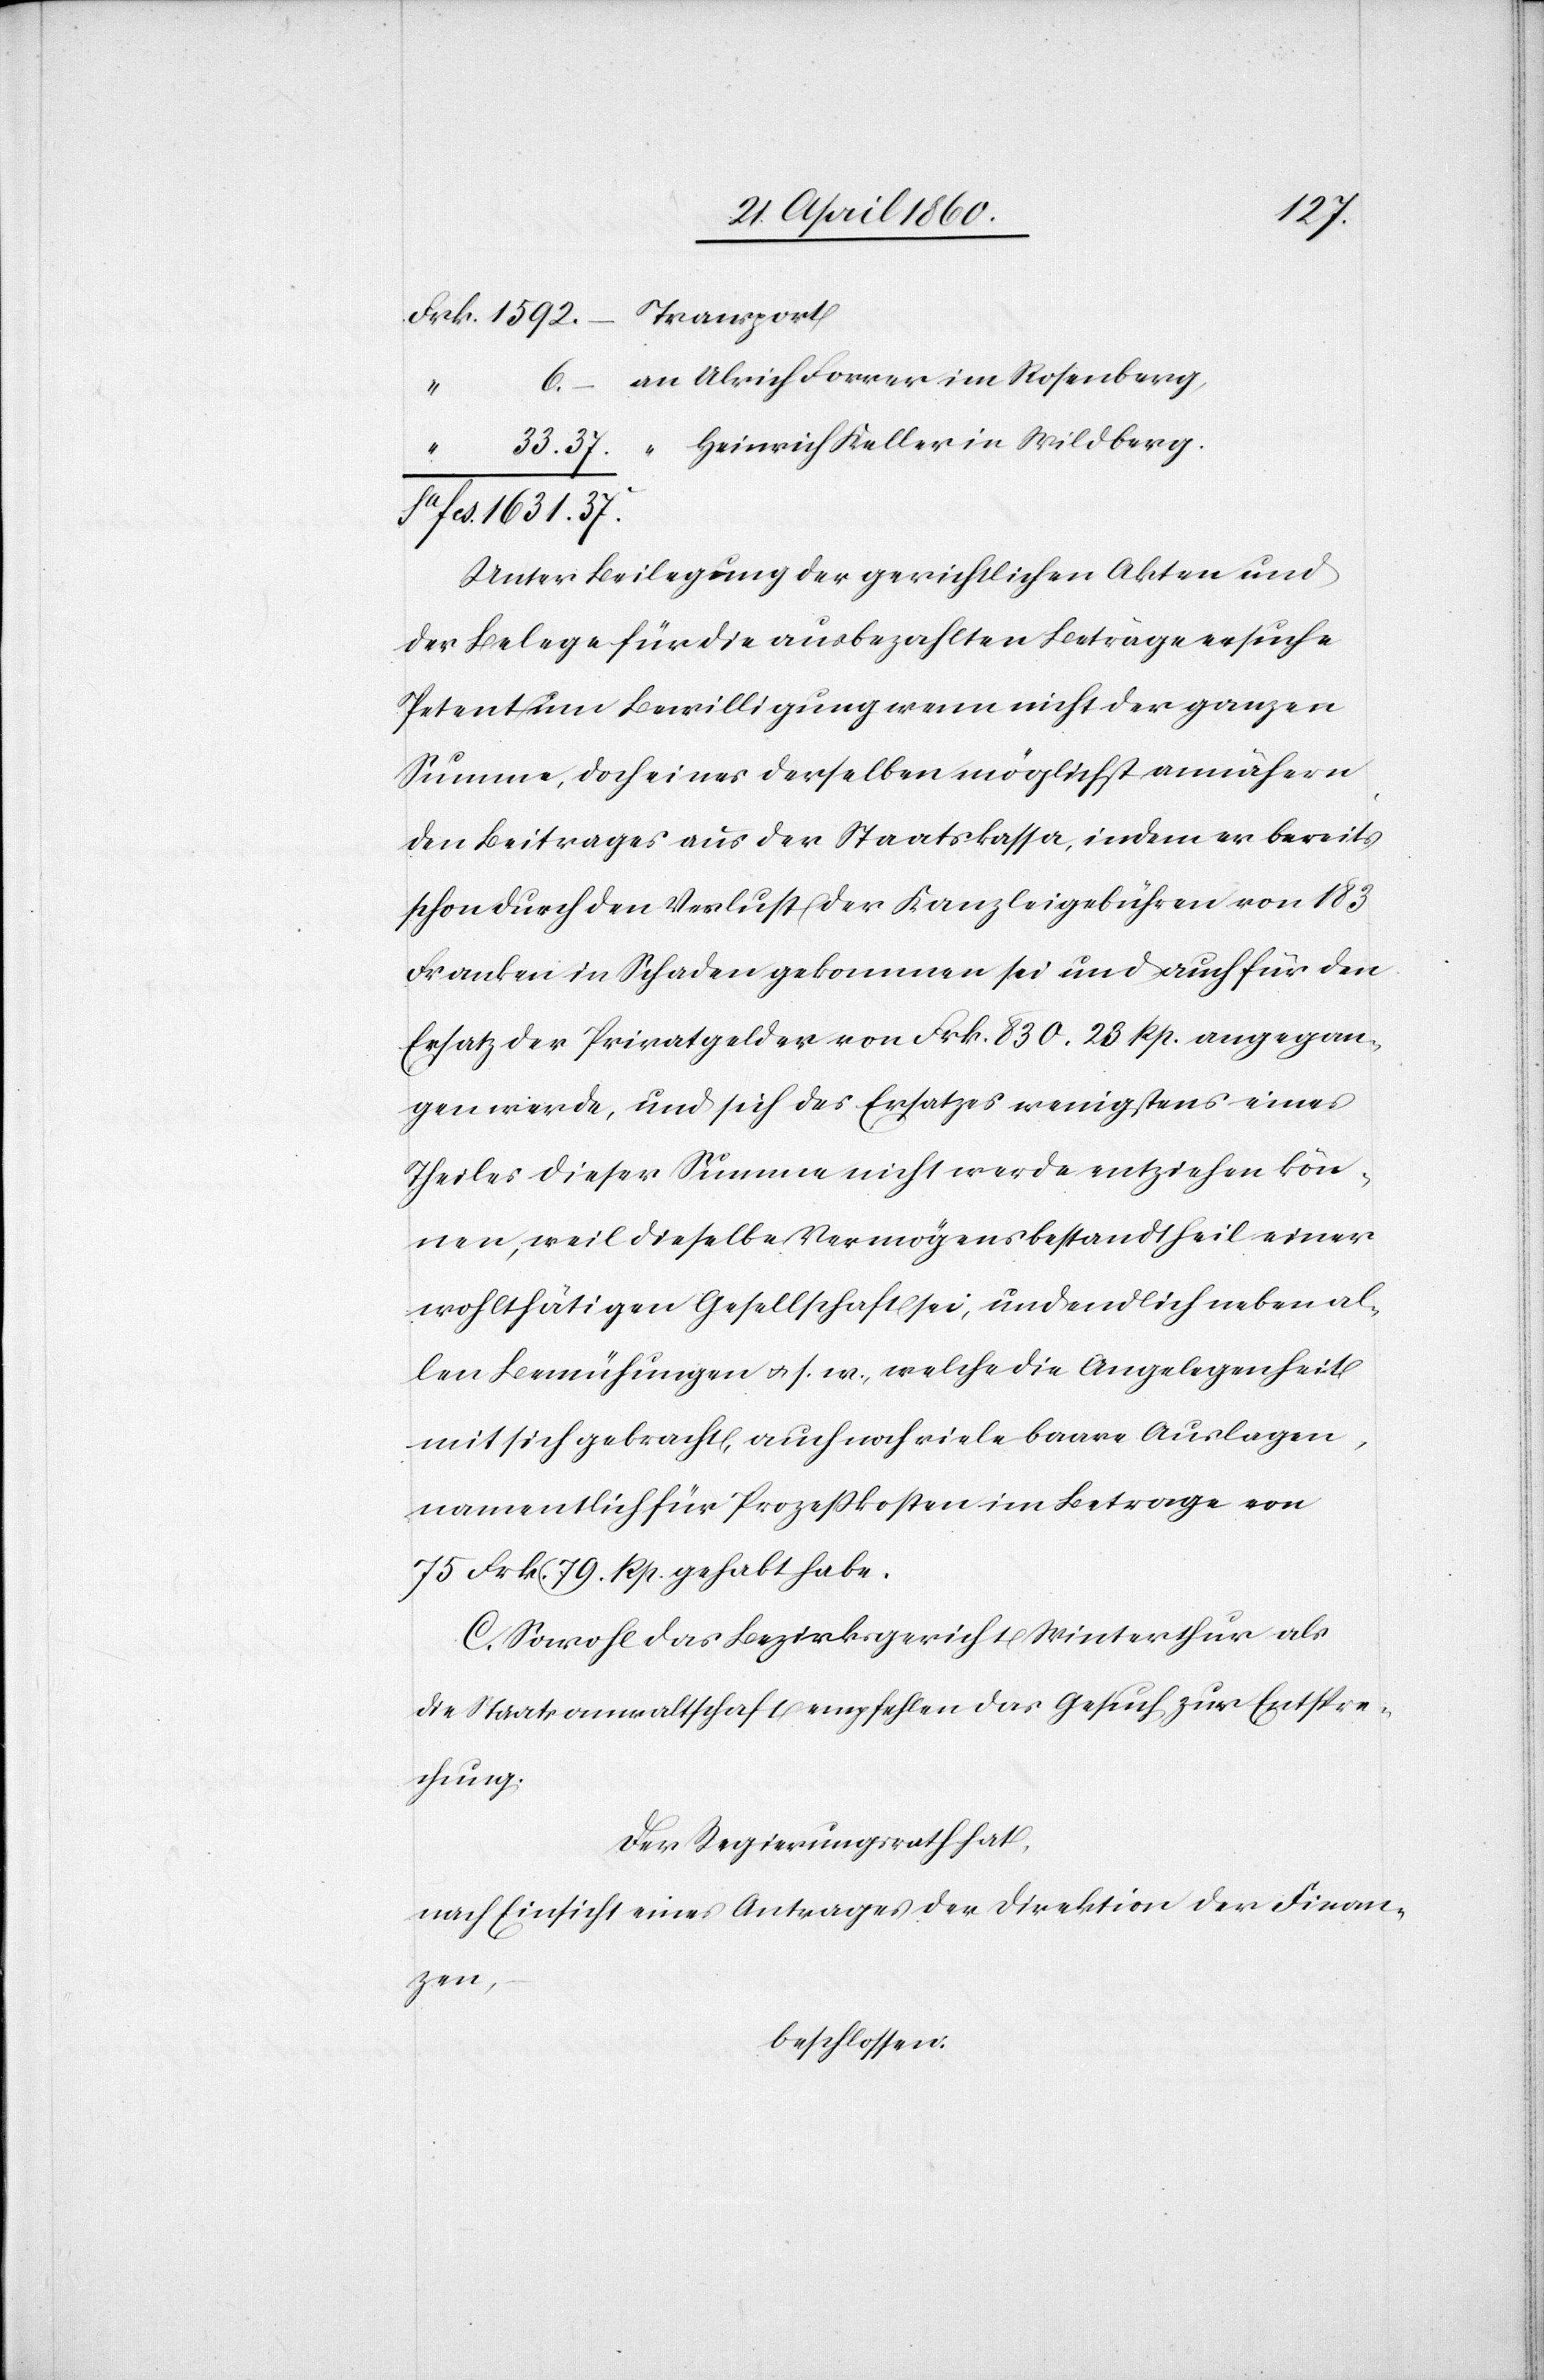
37.
an Ulrich Forrer im Rosenberg
“
6.
Unter Beilegung der gerichtlichen Akten und
der Belege für die ausbezahlten Beträge ersuche
Petent um Bewilligung wenn nicht der ganzen
Summe, doch eines derselben möglichst annähern¬
den Beitrages aus der Staatskassa, indem er bereits
schon durch den Verlust der Kanzleigebühren von 183
Franken in Schaden gekommen sei und auch für den
Ersatz der Privatgelder von Frk. 830. 23. Rp. angegan¬
gen werde, und sich des Ersatzes wenigstens eines
Theiles dieser Summe nicht werde entziehen kön¬
nen, weil dieselbe Vermögensbestandtheil einer
wohlthätigen Gesellschaft sei, und endlich neben al¬
len Bemühungen u. s. w., welche die Angelegenheit
mit sich gebracht, auch noch viele baare Auslagen,
namentlich für Prozeßkosten im Betrage von
75 Frk. 79. Rp. gehabt habe.
C. Sowohl das Bezirksgericht Winterthur als
die Staatsanwaltschaft empfehlen das Gesuch zur Entspre¬
chung.
Der Regierungsrath hat,
nach Einsicht eines Antrages der Direktion der Finan¬
zen,
beschlossen: